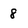
Character: 8